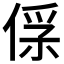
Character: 𠌀